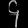
Digit: ၄